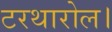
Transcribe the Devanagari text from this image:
टरथारोल।